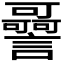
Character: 𧭳